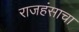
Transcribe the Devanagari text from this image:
राजहंसाचा